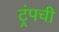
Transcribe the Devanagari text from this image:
ट्रंपची